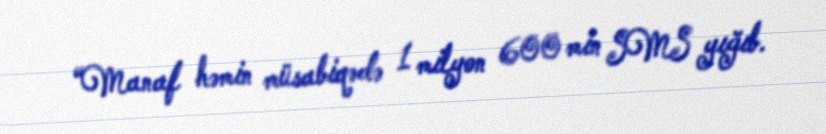
“Manaf həmin müsabiqədə 1 milyon 600 min SMS yığıb.